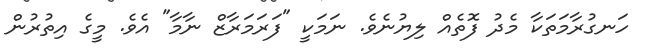
ހަނގުރާމަތަކާ މެދު ފޮތެއް ލިޔުނެވެ. ނަމަކީ "ފަރަމަރާޒް ނާމާ" އެވެ. މީގެ އިތުރުން